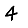
Digit: 4